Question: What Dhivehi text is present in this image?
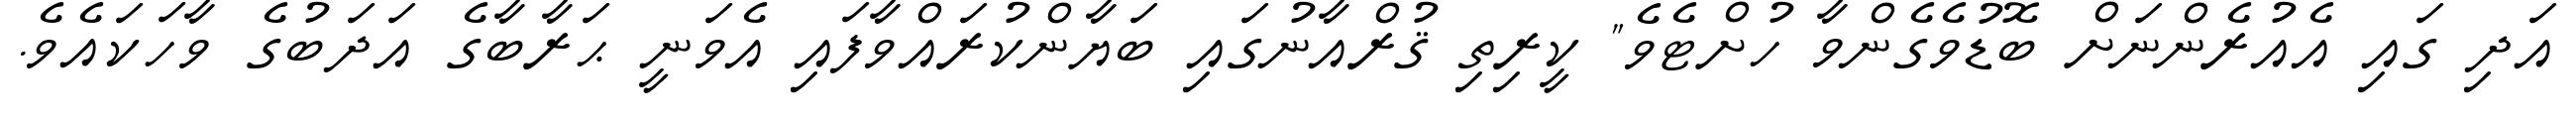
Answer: އަދި ގައި އެއުރެންނަށް ބޮޑުވެގެންވާ ހުށްޓެވެ" ކީރިތި ޤުރްއާނުގައި ބަޔާންކުރައްވާފައި އެވަނީ ޙަރާބާގެ އަދަބުގެ ވާހަކައެވެ.